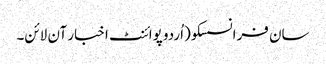
سان فرانسسکو(اُردو پوائنٹ اخبار آن لائن۔